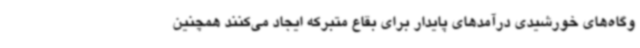
وگاه‌های خورشیدی درآمدهای پایدار برای بقاع متبرکه ایجاد می‌کنند همچنین